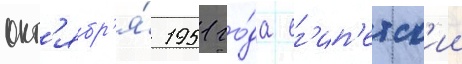
окт'ябр'я́ 1951 го́да ег'ип'етск'ии